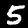
Label: 5